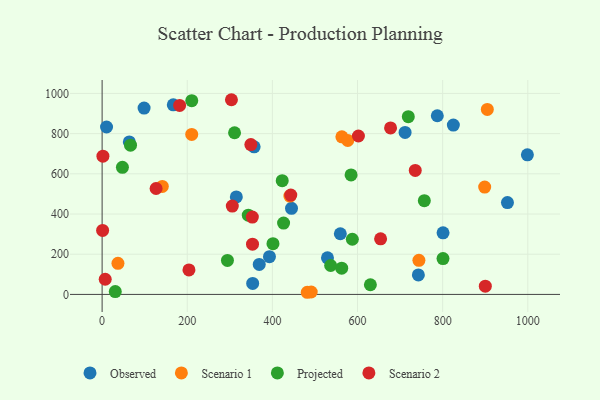
{"axis": {"x": "Investment", "y": "Fuel Efficiency"}, "legend": ["Observed", "Projected", "Scenario 1", "Scenario 2"], "data": [{"x": "63.9", "y": 758.5, "type": "Observed"}, {"x": "529.4", "y": 181.9, "type": "Observed"}, {"x": "353.7", "y": 54.8, "type": "Observed"}, {"x": "787.4", "y": 888.9, "type": "Observed"}, {"x": "393.1", "y": 187.7, "type": "Observed"}, {"x": "800.9", "y": 306.2, "type": "Observed"}, {"x": "315.3", "y": 485.2, "type": "Observed"}, {"x": "559.6", "y": 301.8, "type": "Observed"}, {"x": "98.6", "y": 927.0, "type": "Observed"}, {"x": "357.1", "y": 734.5, "type": "Observed"}, {"x": "999.0", "y": 694.4, "type": "Observed"}, {"x": "167.2", "y": 943.1, "type": "Observed"}, {"x": "444.9", "y": 428.3, "type": "Observed"}, {"x": "952.2", "y": 456.9, "type": "Observed"}, {"x": "10.4", "y": 833.0, "type": "Observed"}, {"x": "825.1", "y": 842.4, "type": "Observed"}, {"x": "369.1", "y": 149.3, "type": "Observed"}, {"x": "742.9", "y": 97.1, "type": "Observed"}, {"x": "711.7", "y": 806.2, "type": "Observed"}, {"x": "481.9", "y": 10.6, "type": "Scenario 1"}, {"x": "744.2", "y": 169.6, "type": "Scenario 1"}, {"x": "563.2", "y": 784.3, "type": "Scenario 1"}, {"x": "904.9", "y": 920.5, "type": "Scenario 1"}, {"x": "141.4", "y": 537.3, "type": "Scenario 1"}, {"x": "37.2", "y": 154.7, "type": "Scenario 1"}, {"x": "210.5", "y": 796.0, "type": "Scenario 1"}, {"x": "577.0", "y": 766.1, "type": "Scenario 1"}, {"x": "491.2", "y": 12.0, "type": "Scenario 1"}, {"x": "898.7", "y": 534.1, "type": "Scenario 1"}, {"x": "441.1", "y": 489.4, "type": "Scenario 1"}, {"x": "294.4", "y": 169.1, "type": "Projected"}, {"x": "630.2", "y": 48.0, "type": "Projected"}, {"x": "536.9", "y": 143.8, "type": "Projected"}, {"x": "30.9", "y": 14.1, "type": "Projected"}, {"x": "719.3", "y": 884.5, "type": "Projected"}, {"x": "587.8", "y": 274.4, "type": "Projected"}, {"x": "423.1", "y": 565.9, "type": "Projected"}, {"x": "426.3", "y": 354.8, "type": "Projected"}, {"x": "343.4", "y": 394.1, "type": "Projected"}, {"x": "584.8", "y": 594.6, "type": "Projected"}, {"x": "47.7", "y": 632.4, "type": "Projected"}, {"x": "800.8", "y": 178.5, "type": "Projected"}, {"x": "756.9", "y": 466.6, "type": "Projected"}, {"x": "66.7", "y": 742.6, "type": "Projected"}, {"x": "311.1", "y": 804.3, "type": "Projected"}, {"x": "401.4", "y": 252.4, "type": "Projected"}, {"x": "562.8", "y": 130.4, "type": "Projected"}, {"x": "210.6", "y": 964.1, "type": "Projected"}, {"x": "126.8", "y": 527.0, "type": "Scenario 2"}, {"x": "1.9", "y": 687.8, "type": "Scenario 2"}, {"x": "305.8", "y": 439.5, "type": "Scenario 2"}, {"x": "443.2", "y": 494.4, "type": "Scenario 2"}, {"x": "353.3", "y": 250.0, "type": "Scenario 2"}, {"x": "352.9", "y": 384.7, "type": "Scenario 2"}, {"x": "303.8", "y": 968.7, "type": "Scenario 2"}, {"x": "349.4", "y": 745.7, "type": "Scenario 2"}, {"x": "654.2", "y": 276.6, "type": "Scenario 2"}, {"x": "900.2", "y": 41.1, "type": "Scenario 2"}, {"x": "204.0", "y": 121.8, "type": "Scenario 2"}, {"x": "602.1", "y": 788.2, "type": "Scenario 2"}, {"x": "182.1", "y": 940.2, "type": "Scenario 2"}, {"x": "735.6", "y": 616.9, "type": "Scenario 2"}, {"x": "1.2", "y": 318.4, "type": "Scenario 2"}, {"x": "7.3", "y": 75.4, "type": "Scenario 2"}, {"x": "677.6", "y": 828.6, "type": "Scenario 2"}]}